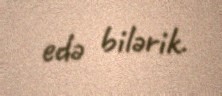
edə bilərik.